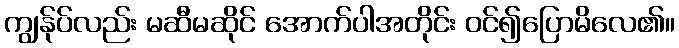
ကျွန်ုပ်လည်း မဆီမဆိုင် အောက်ပါအတိုင်း ဝင်၍ပြောမိလေ၏။